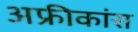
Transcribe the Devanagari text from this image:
अफ्रीकांस